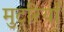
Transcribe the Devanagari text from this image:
मुटरियाँ